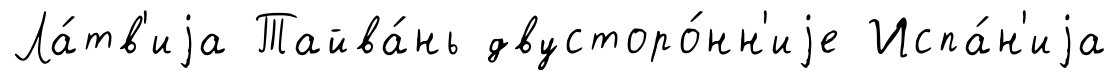
Ла́тв'иjа Тайва́нь двусторо́нн'иjе Испа́н'иjа